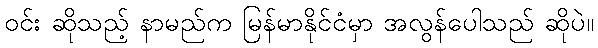
ဝင်း ဆိုသည့် နာမည်က မြန်မာနိုင်ငံမှာ အလွန်ပေါသည် ဆိုပဲ။